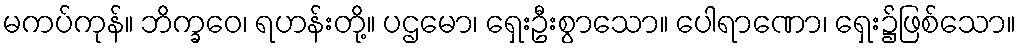
မကပ်ကုန်။ ဘိက္ခဝေ၊ ရဟန်းတို့။ ပဌမော၊ ရှေးဦးစွာသော။ ပေါရာဏော၊ ရှေး၌ဖြစ်သော။